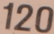
120